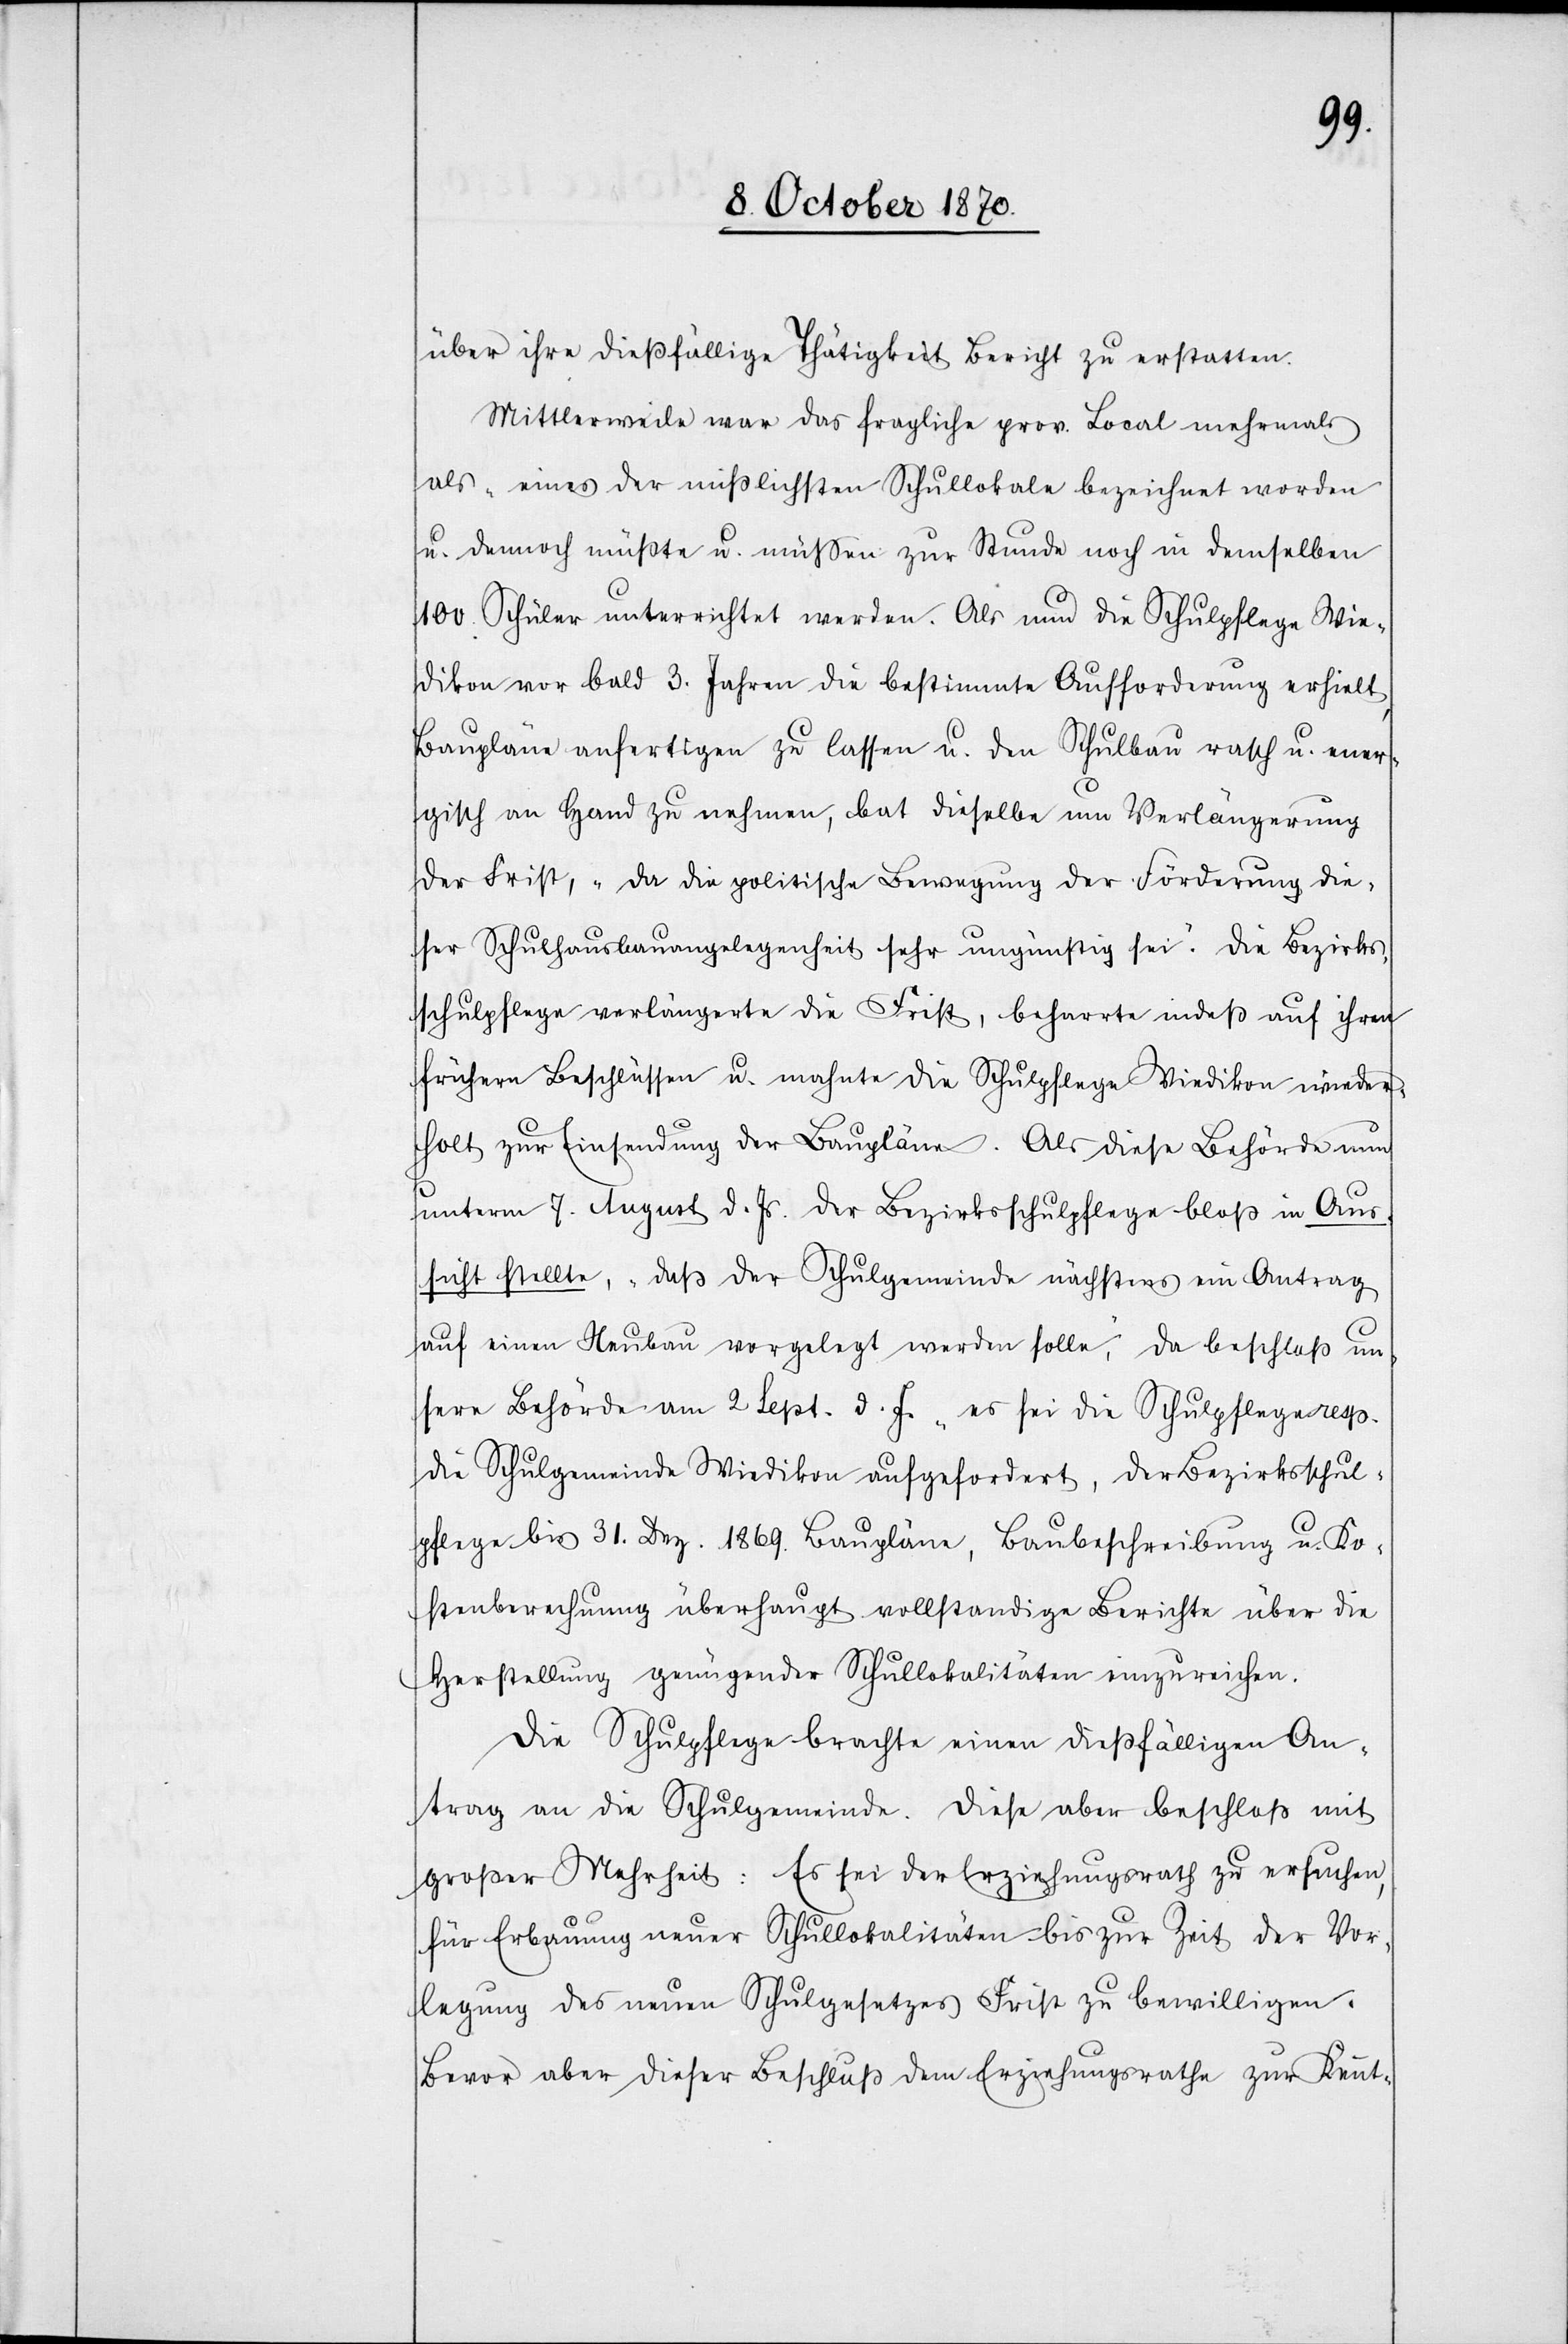
über ihre dießfällige Thätigkeit Bericht zu erstatten.
Mittlerweise war das fragliche prov. Local mehrmals
als „eines der misslichsten Schullokale“ bezeichnet worden
u. dennoch müßte[n] u. müssen zur Stunde noch in demselben
100 Schüler unterrichtet werden. Als nun die Schulpflege Wie¬
dikon vor bald 3. Jahren die bestimmte Aufforderung verhielt,
Baupläne anfertigen zu lassen u. den Schulbau rasch u. ener¬
gisch an Hand zu nehmen, bat dieselbe um Verlängerung
der Frist, „da die politische Bewegung der Förderung die¬
ser Schulhausbauangelegenheit sehr ungünstig sei“. Die Bezirks¬
schulpflege verlängerte die Frist, beharrte indeß auf ihren
frühern Beschlüssen u. mahnte die Schulpflege Wiedikon wieder¬
holt zur Einsendung der Baupläne. Als diese Behörde nun
unterm 7. August d. Js. der Bezirksschulpflege bloß in Aus¬
sicht stellte, „daß der Schulgemeinde nächstens ein Antrag
auf einen Neubau vorgelegt werden solle“, da beschloß un¬
sere Behörde am 2. Sept. d. J. „es sei die Schulpflege resp.
die Schulgemeinde Wiedikon aufgefordert, der Bezirksschul¬
pflege bis 31. Dez. 1869. Baupläne, Baubeschreibung u. Ko¬
stenberechnung überhaupt vollständige Berichte über die
Herstellung genügender Schullokalitäten einzureichen.
Die Schulpflege brachte einen dießfälligen An¬
trag an die Schulgemeinde. Diese aber beschloß mit
großer Mehrheit: Es sei der Erziehungsrath zu ersuchen,
für Erbauung neuer Schullokalitäten bis zur Zeit der Vor¬
legung des neuen Schulgesetzes Frist zu bewilligen.
Bevor aber dieser Beschluß dem Erziehungsrathe zur Kennt-